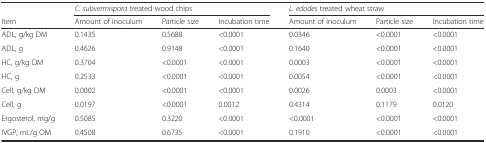
<table><thead><tr><td></td><td colspan="3"><b><i>C. subvermispora</i> treated wood chips</b></td><td colspan="3"><b><i>L. edodes</i> treated wheat straw</b></td></tr><tr><td><b>Item</b></td><td><b>Amount of inoculum</b></td><td><b>Particle size</b></td><td><b>Incubation time</b></td><td><b>Amount of inoculum</b></td><td><b>Particle size</b></td><td><b>Incubation time</b></td></tr></thead><tbody><tr><td>ADL, g/kg DM</td><td>0.1435</td><td>0.5688</td><td>&lt;0.0001</td><td>0.0346</td><td>&lt;0.0001</td><td>&lt;0.0001</td></tr><tr><td>ADL, g</td><td>0.4626</td><td>0.9148</td><td>&lt;0.0001</td><td>0.1640</td><td>&lt;0.0001</td><td>&lt;0.0001</td></tr><tr><td>HC, g/kg DM</td><td>0.3704</td><td>&lt;0.0001</td><td>&lt;0.0001</td><td>0.0003</td><td>&lt;0.0001</td><td>&lt;0.0001</td></tr><tr><td>HC, g</td><td>0.2533</td><td>&lt;0.0001</td><td>&lt;0.0001</td><td>0.0054</td><td>&lt;0.0001</td><td>&lt;0.0001</td></tr><tr><td>Cell, g/kg DM</td><td>0.0002</td><td>&lt;0.0001</td><td>&lt;0.0001</td><td>0.0026</td><td>0.0003</td><td>&lt;0.0001</td></tr><tr><td>Cell, g</td><td>0.0197</td><td>&lt;0.0001</td><td>0.0012</td><td>0.4314</td><td>0.1179</td><td>0.0120</td></tr><tr><td>Ergosterol, mg/g</td><td>0.5085</td><td>0.3220</td><td>&lt;0.0001</td><td>&lt;0.0001</td><td>&lt;0.0001</td><td>&lt;0.0001</td></tr><tr><td>IVGP, mL/g OM</td><td>0.4508</td><td>0.6735</td><td>&lt;0.0001</td><td>0.1910</td><td>&lt;0.0001</td><td>&lt;0.0001</td></tr></tbody></table>